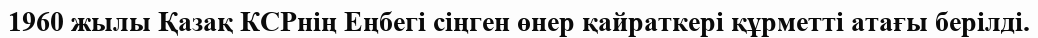
1960 жылы Қазақ КСРнің Еңбегі сіңген өнер қайраткері құрметті атағы берілді.